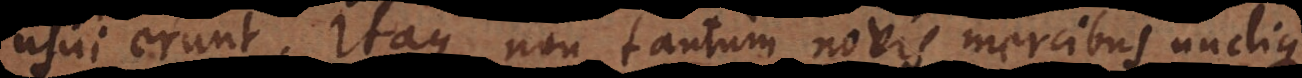
usui erunt. Itaque non tantum novis mercibus undique